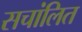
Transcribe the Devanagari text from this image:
सचांलित